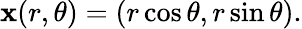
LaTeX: \mathbf{x}(r,\theta)=(r\cos\theta,r\sin\theta).